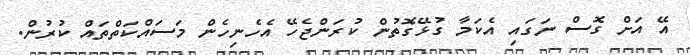
އޭ އަށް ގޮސް ނަގައި އެކަމާ ގުޅޭގޮތުން ކުރަންޖެހޭ އެހެނިހެން މަސައްކަތްތައް ކުރުން.